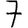
Digit: 7